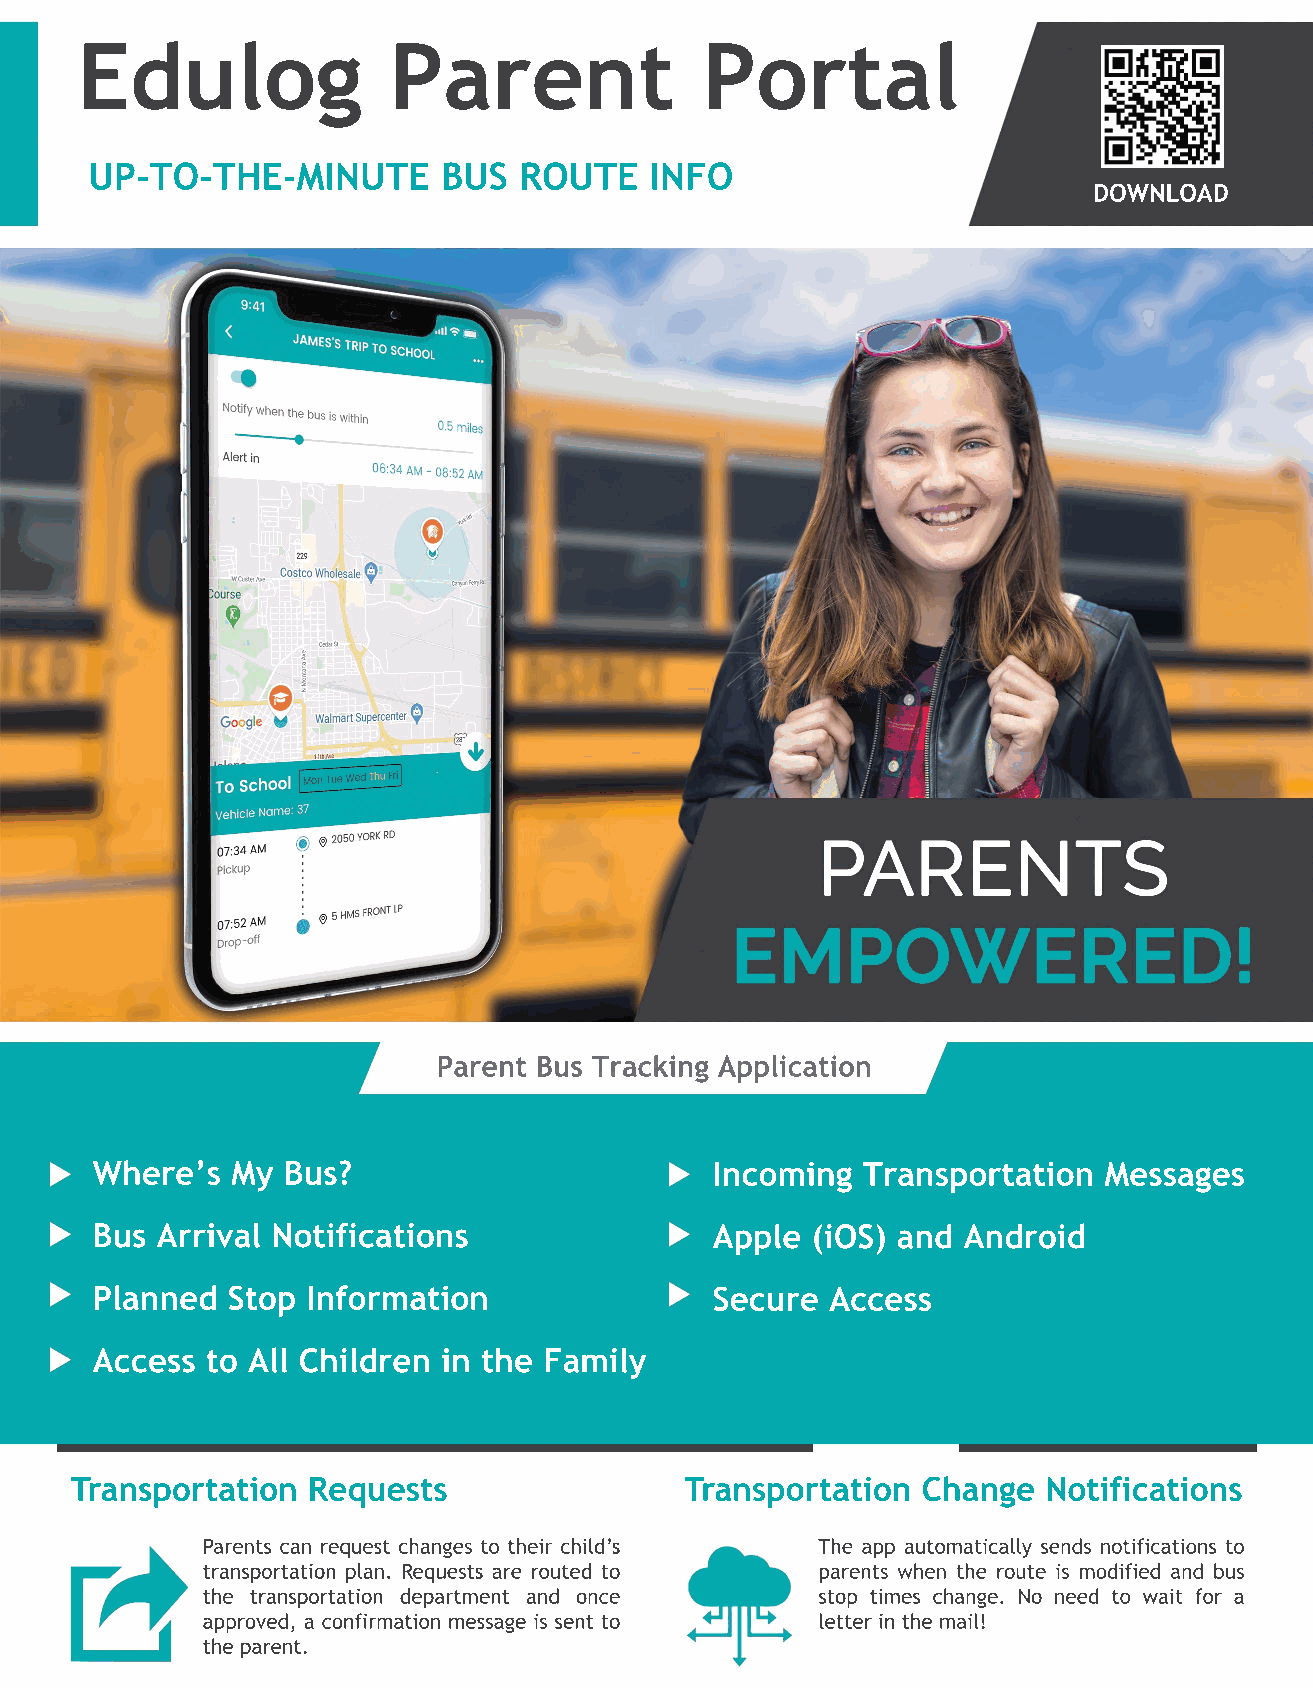
Edulog               Parent              Portal
 UP-TO-THE-MINUTE       BUS  ROUTE    INFO
 DOWNLOAD
 Parent Bus Tracking Application
 Where’s  My  Bus?                        Incoming  Transportation  Messages
 Bus Arrival Notifications                Apple  (iOS) and Android
 Planned  Stop Information                Secure  Access
 Access  to All Children in the Family
 Transportation Requests                 Transportation  Change  Notifications
 Parents can request changes to their child’s The app automatically sends notifications to
 transportation plan. Requests are routed to parents when the route is modified and bus
 the transportation department and once   stop times change. No need to wait for a
 approved, a confirmation message is sent to letter in the mail!
 the parent.